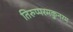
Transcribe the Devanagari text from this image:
तिरुप्परमकुनरम